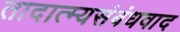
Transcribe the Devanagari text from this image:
तादात्म्यसंबंधवाद